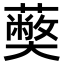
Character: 𮒥